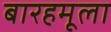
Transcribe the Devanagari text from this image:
बारहमूला